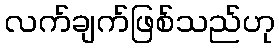
လက်ချက်ဖြစ်သည်ဟု